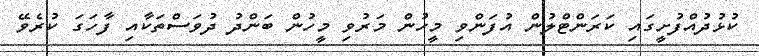
ކުޅުދުއްފުށީގައި ކަރަންޓްލުން އުފަންވި މީހުން މަރުވި މީހުން ބަންދު ދުވަސްތަކާއި ފާހަގަ ކުރެވޭ